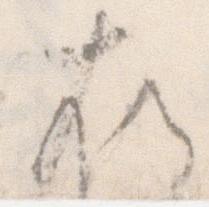
存